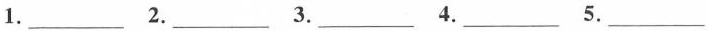
1.___ 2.___3.___ 4.___5.___